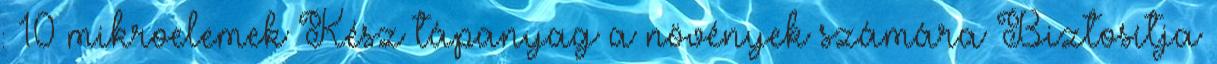
: 10 mikroelemek Kész tápanyag a növények számára Biztosítja